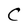
Character: C